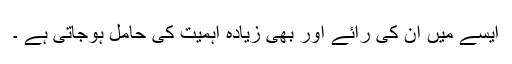
ایسے میں ان کی رائے اور بھی زیادہ اہمیت کی حامل ہوجاتی ہے ۔